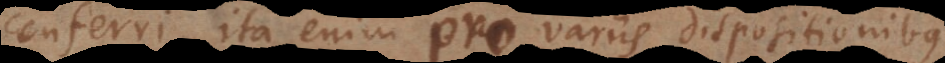
conferri, ita enim pro variis dispositionibus